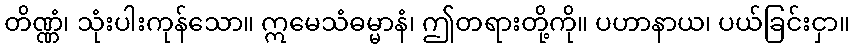
တိဏ္ဏံ၊ သုံးပါးကုန်သော။ ဣမေသံဓမ္မာနံ၊ ဤတရားတို့ကို။ ပဟာနာယ၊ ပယ်ခြင်းငှာ။